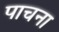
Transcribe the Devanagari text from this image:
पाचना